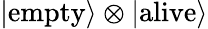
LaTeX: \left|\textrm{empty}\right\rangle\otimes\left|\textrm{alive}\right\rangle